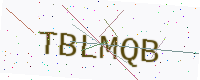
Text: TBLMQB